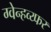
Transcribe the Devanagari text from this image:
ग्वेन्हव्य्फर